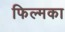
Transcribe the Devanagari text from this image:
फिल्मका